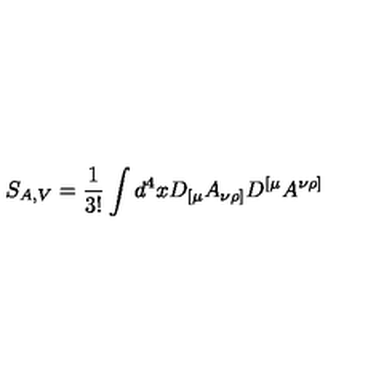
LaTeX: S _ { A , V } = \frac { 1 } { 3 ! } \int d ^ { 4 } x D _ { [ \mu } A _ { \nu \rho ] } D ^ { [ \mu } A ^ { \nu \rho ] }